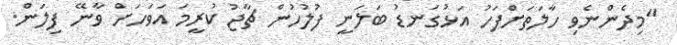
"މިދެންނެވި ހާލަތަށްފަހު އަޅުގަނޑު ބަލަނީ ފުލުހުން ޗާޖު ކުރީމަ އަވަހަށް ވާނޭ ފިލަން.